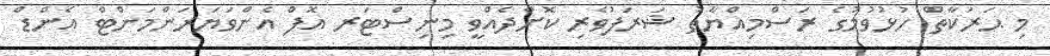
މި ޙަރަކާތް ހުޅުވުމުގެ ރަސްމިއްޔާތު ޝަރަފުވެރި ކޮށްދެއްވީ މިނިސްޓަރ އޮފް އެންވަޔަރަންމަންޓް އެންޑް